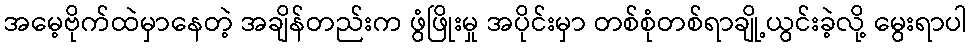
အမေ့ဗိုက်ထဲမှာနေတဲ့ အချိန်တည်းက ဖွံဖြိုးမှု အပိုင်းမှာ တစ်စုံတစ်ရာချို့ယွင်းခဲ့လို့ မွေးရာပါ